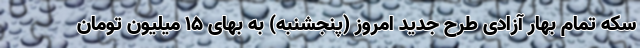
سکه تمام ‌بهار آزادی طرح جدید امروز (پنجشنبه) به بهای ۱۵ میلیون تومان